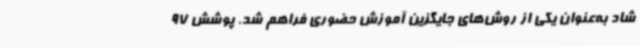
شاد به‌عنوان یکی از روش‌های جایگزین آموزش حضوری فراهم شد. پوشش 97